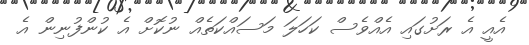
އެއީ އެ ރަށުގައި އެއްވެސް ކަހަލަ މަސައްކަތެއް ނުކޮށް އެ ކުންފުނިން އެ